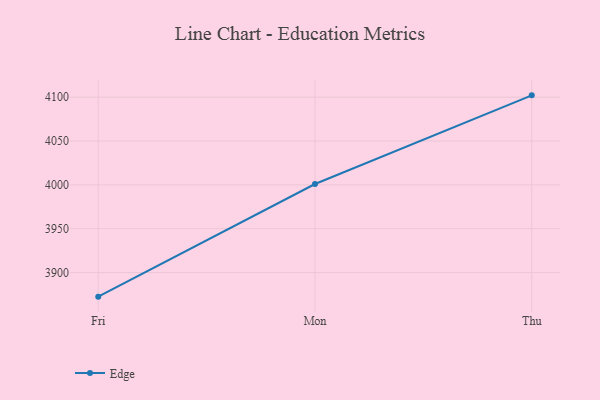
{"axis": {"x": "Day", "y": "Shipments"}, "legend": ["Edge"], "data": [{"x": "Fri", "y": 3872.5, "type": "Edge"}, {"x": "Mon", "y": 4001.0, "type": "Edge"}, {"x": "Thu", "y": 4102.1, "type": "Edge"}]}